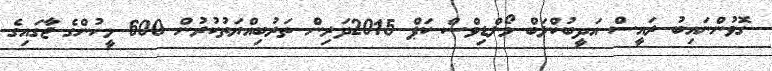
ގޮވުންނައިބު ރައީސް އަދީބުކްލަބް މޯލްޑިވްސް ކަޕް 2015ދަރިން ތަރުބިއްޔަތުކުރުން 600 މީހުންގެ ޖާގައިގެ